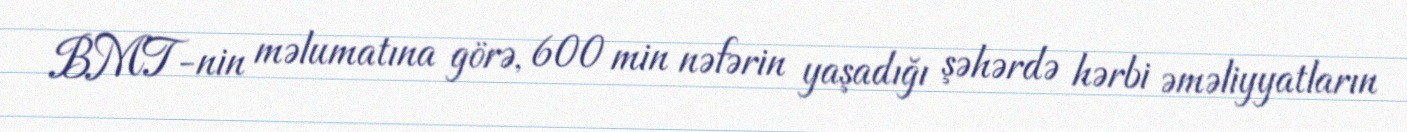
BMT-nin məlumatına görə, 600 min nəfərin yaşadığı şəhərdə hərbi əməliyyatların